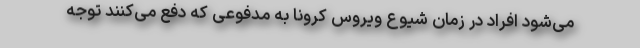
می‌شود افراد در زمان شیوع ویروس کرونا به مدفوعی که دفع می‌کنند توجه